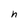
Character: h